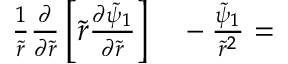
\begin{array} { r l } { \frac { 1 } { \tilde { r } } \frac { \partial } { \partial \tilde { r } } \left[ \tilde { r } \frac { \partial \tilde { \psi } _ { 1 } } { \partial \tilde { r } } \right] } & { { } - \frac { \tilde { \psi } _ { 1 } } { \tilde { r } ^ { 2 } } = } \end{array}